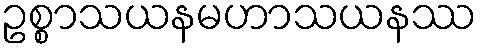
ဥစ္စာသယနမဟာသယနဿ